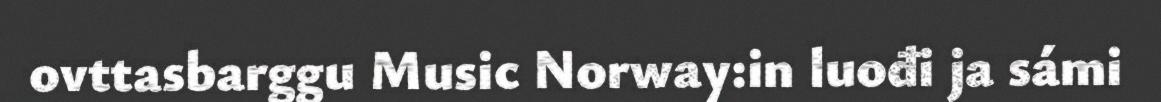
ovttasbarggu Music Norway:in luođi ja sámi